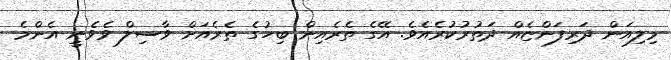
މިލިއަން ދަރިފަންޏެއް ދަތުރުކުރެއެވެ. އޭގެ ތެރެއިން ބިހުގެ ތެރެއަށް ވާސިލް ވެވެނީ އެންމެ